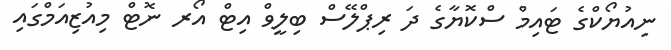
ނިއުޔޯކްގެ ޓައިމް ސްކޮޔާގެ ދަ ރިޕްލޭސް ބިލީވް އިޓް އޯރ ނޮޓް މިއުޒިއަމްގައި